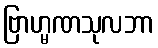
ဗြာဟ္မဏသုလဘာ